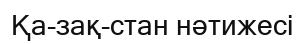
Қа­зақ­стан нәтижесі